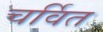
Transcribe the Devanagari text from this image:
चर्वित